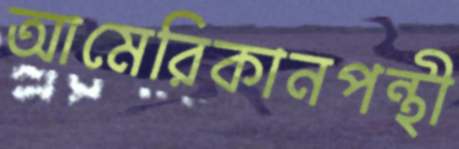
আমেরিকানপন্থী